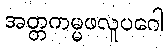
အတ္တကမ္မဖလူပဂေါ